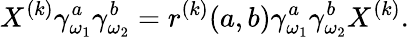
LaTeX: X^{(k)}\gamma_{\omega_{1}}^{a}\gamma_{\omega_{2}}^{b}=r^{(k)}(a,b)\gamma_{\omega_{1}}^{a}\gamma_{\omega_{2}}^{b}X^{(k)}.